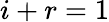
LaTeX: i+r=1